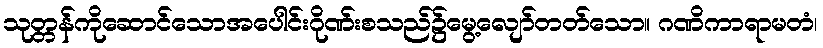
သုတ္တန်ကိုဆောင်သောအပေါင်းဂိုဏ်းစသည်၌မွေ့လျော်တတ်သော။ ဂဏိကာရာမတံ၊